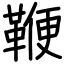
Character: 鞭